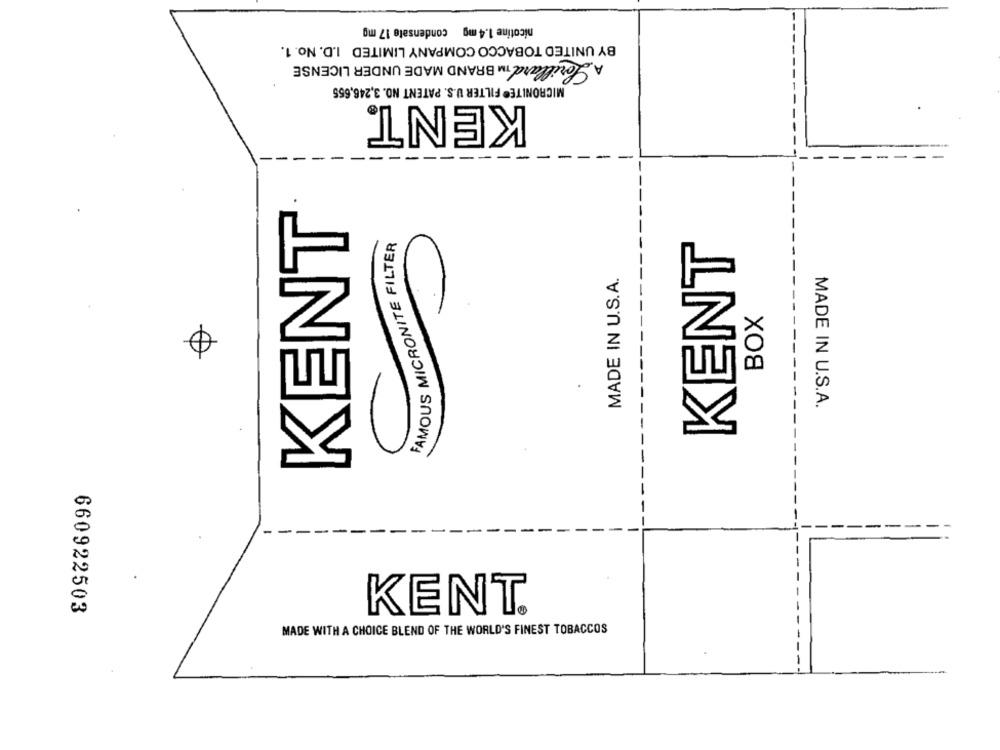
nicotine 1.4 mg condensate 17 mg
BY UNITED TOBACCO COMPANY LIMITED I.D. No. 1.
A Lorillard IM BRAND MADE UNDER LICENSE
MICRONITE® FILTER U.S. PATENT NO. 3,246,655
KENT®
-
KENT
FAMOUS MICRONITE FILTER
KENT
MADE IN U.S.A.
BOX
0
MADE IN U.S.A.
660922503
KENT.
MADE WITH A CHOICE BLEND OF THE WORLD'S FINEST TOBACCOS